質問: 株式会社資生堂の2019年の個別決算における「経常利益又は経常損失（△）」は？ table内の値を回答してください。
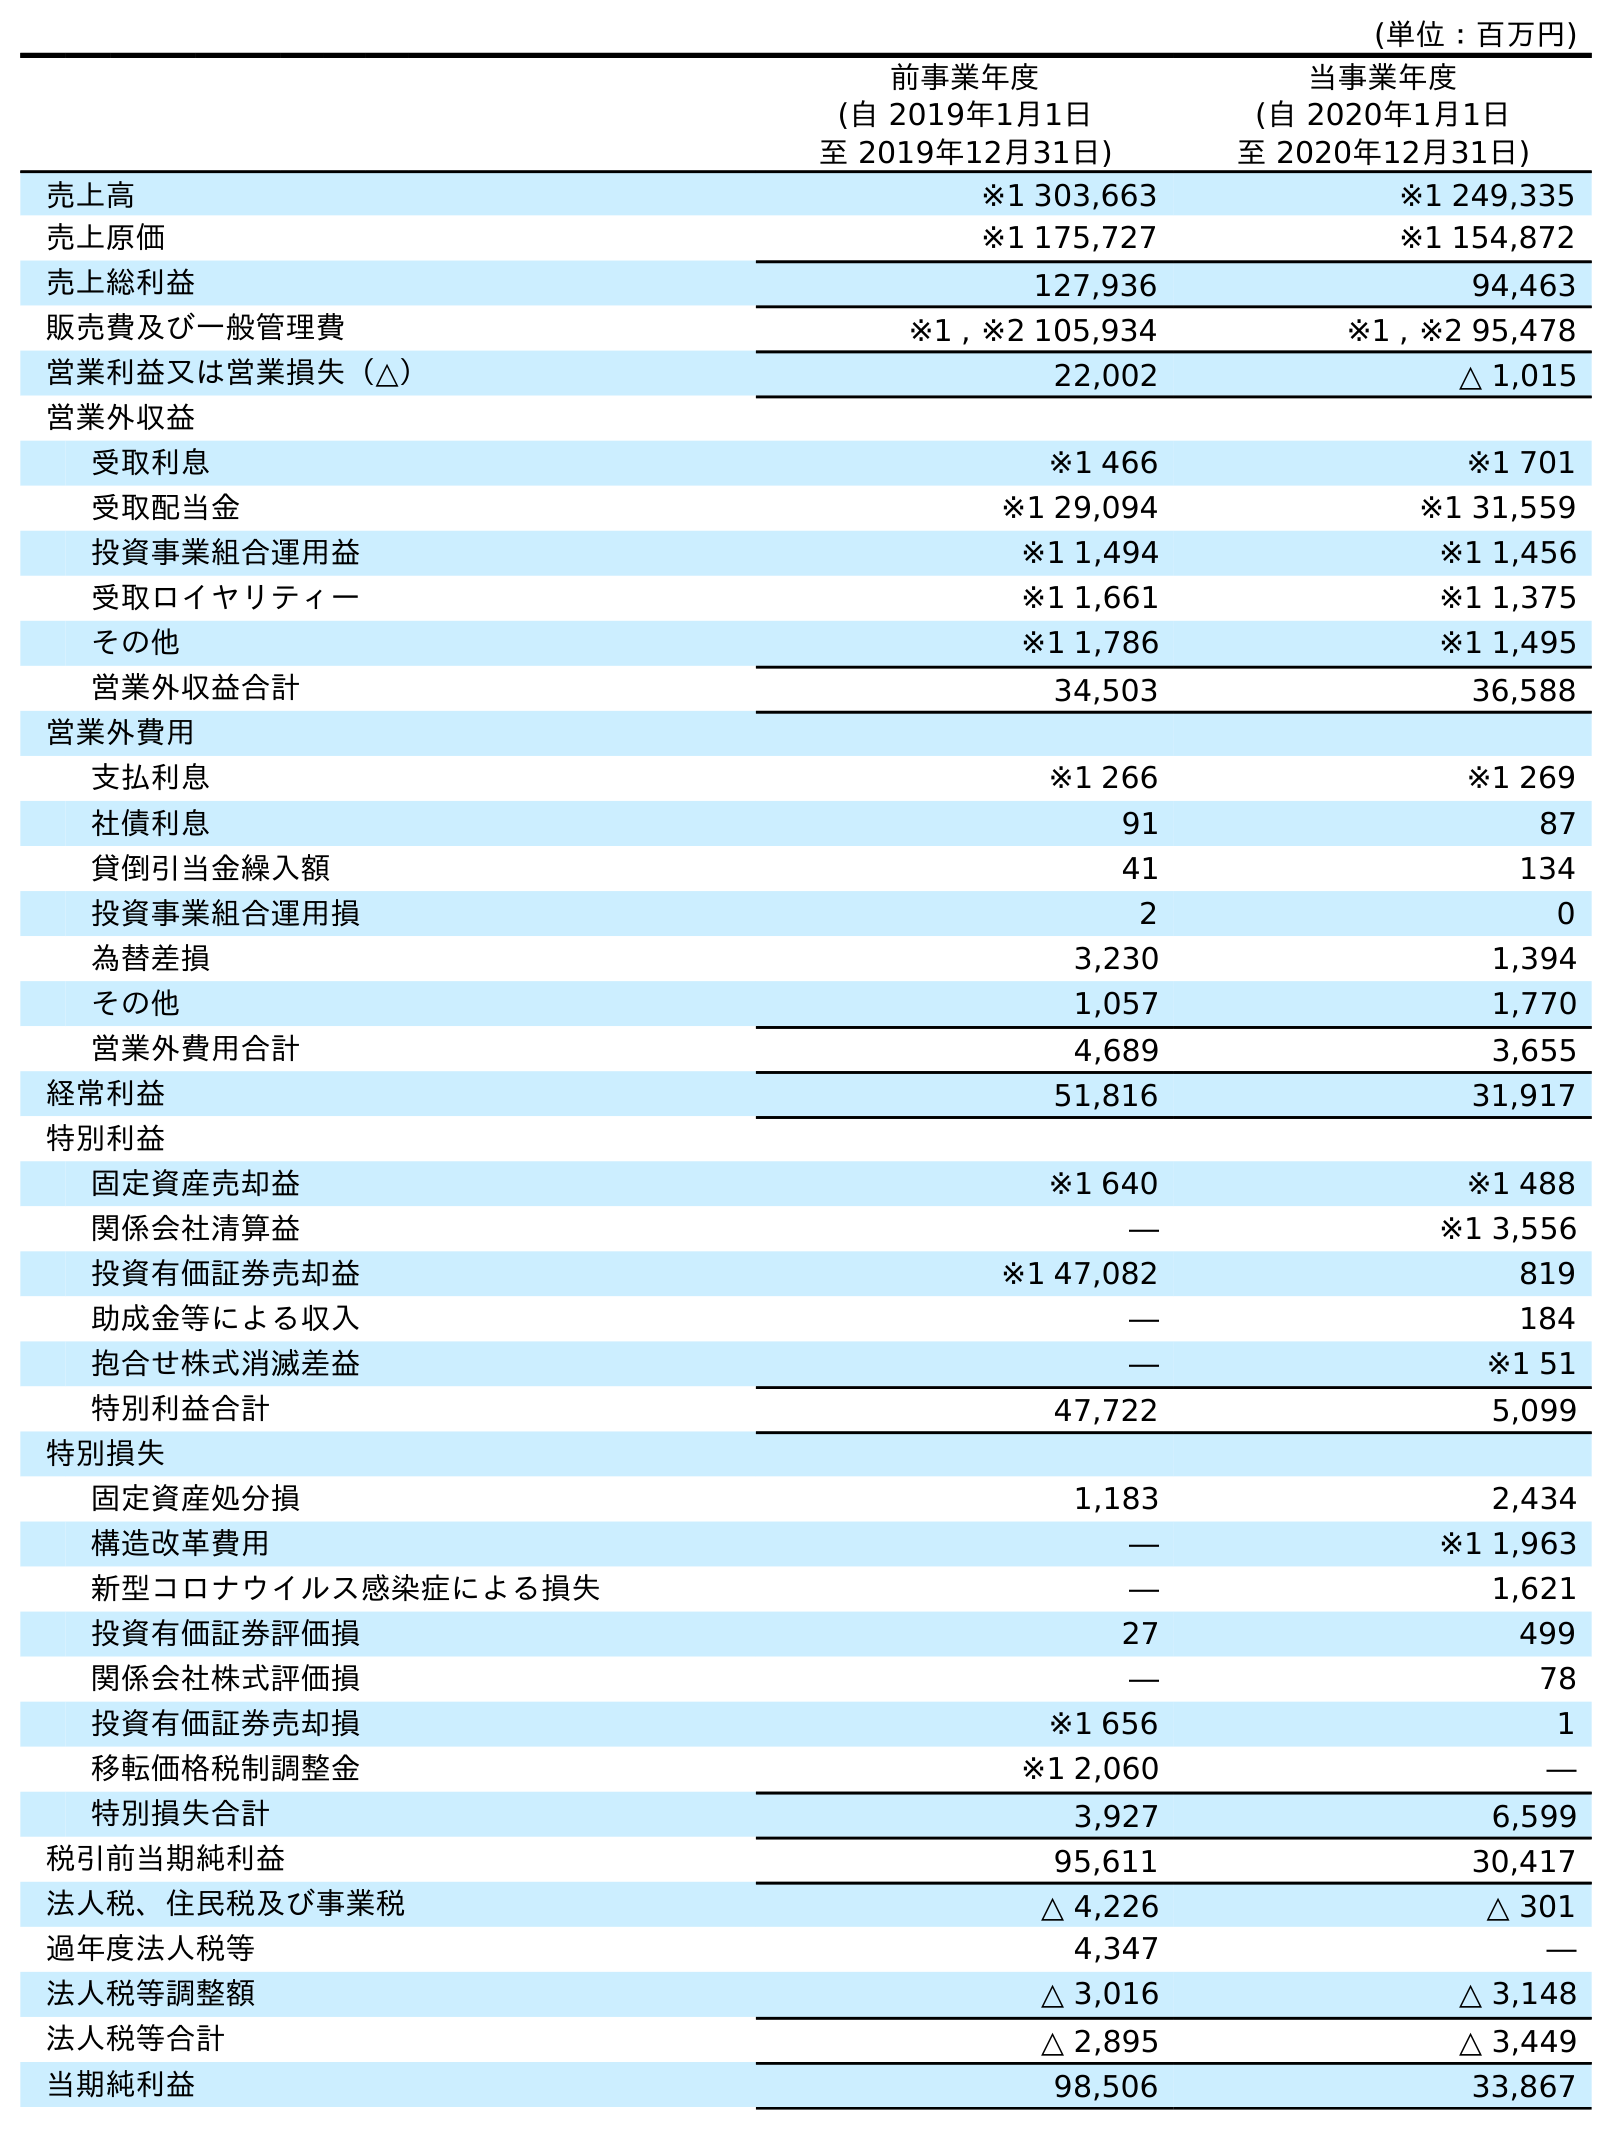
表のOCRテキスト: (単位：百万円) 前事業年度 (自 2019年1月1日 至 2019年12月31日) 当事業年度 (自 2020年1月1日 至 2020年12月31日) 売上高 ※1 303,663 ※1 249,335 売上原価 ※1 175,727 ※1 154,872 売上総利益 127,936 94,463 販売費及び一般管理費 ※1 , ※2 105,934 ※1 , ※2 95,478 営業利益又は営業損失（△） 22,002 △ 1,015 営業外収益 受取利息 ※1 466 ※1 701 受取配当金 ※1 29,094 ※1 31,559 投資事業組合運用益 ※1 1,494 ※1 1,456 受取ロイヤリティー ※1 1,661 ※1 1,375 その他 ※1 1,786 ※1 1,495 営業外収益合計 34,503 36,588 営業外費用 支払利息 ※1 266 ※1 269 社債利息 91 87 貸倒引当金繰入額 41 134 投資事業組合運用損 2 0 為替差損 3,230 1,394 その他 1,057 1,770 営業外費用合計 4,689 3,655 経常利益 51,816 31,917 特別利益 固定資産売却益 ※1 640 ※1 488 関係会社清算益 ― ※1 3,556 投資有価証券売却益 ※1 47,082 819 助成金等による収入 ― 184 抱合せ株式消滅差益 ― ※1 51 特別利益合計 47,722 5,099 特別損失 固定資産処分損 1,183 2,434 構造改革費用 ― ※1 1,963 新型コロナウイルス感染症による損失 ― 1,621 投資有価証券評価損 27 499 関係会社株式評価損 ― 78 投資有価証券売却損 ※1 656 1 移転価格税制調整金 ※1 2,060 ― 特別損失合計 3,927 6,599 税引前当期純利益 95,611 30,417 法人税、住民税及び事業税 △ 4,226 △ 301 過年度法人税等 4,347 ― 法人税等調整額 △ 3,016 △ 3,148 法人税等合計 △ 2,895 △ 3,449 当期純利益 98,506 33,867
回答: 51,816